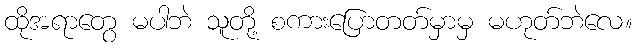
ထိုအရာတွေ မပါဘဲ သူတို့ စကားပြောတတ်မှာမှ မဟုတ်ဘဲလေ။